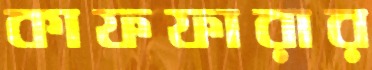
কাফফারার